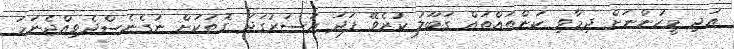
އަދި މީހުންނަށް ދިމާވި ކަންތައްތައް ގަބޫލު ކުރެވޭ ފަދަ އަސަރުގަދަ ގޮތަކަށް ނުގެނެސްދެވިއްޖެނަމަ